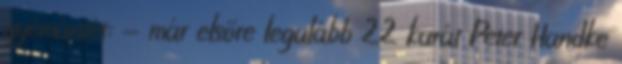
gyémántét: - már elsőre legalább 22 karát Peter Handke